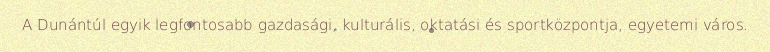
A Dunántúl egyik legfontosabb gazdasági, kulturális, oktatási és sportközpontja, egyetemi város.